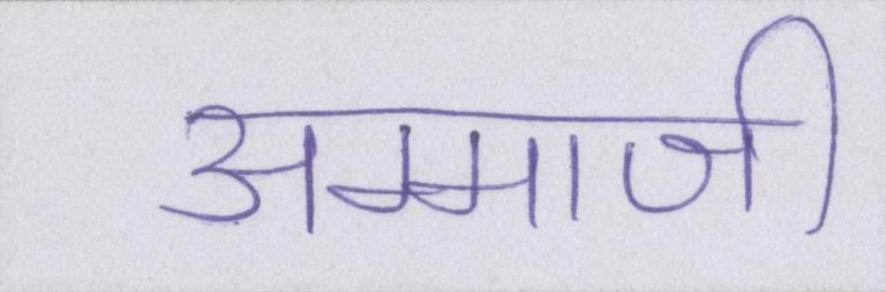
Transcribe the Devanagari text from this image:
अम्माजी